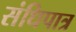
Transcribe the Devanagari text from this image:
संधिपात्र